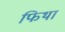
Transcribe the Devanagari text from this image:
फिथा